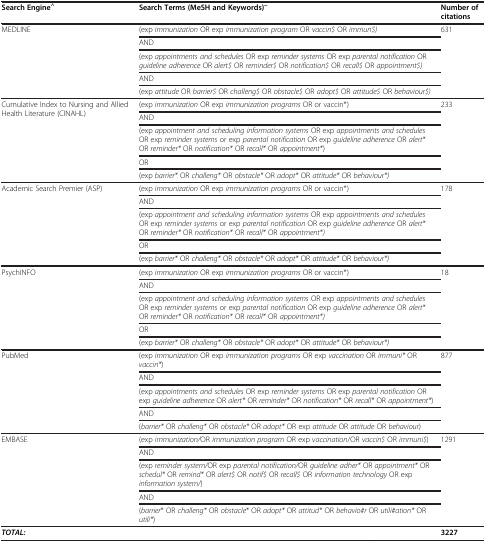
| Search Engine^ | Search Terms (MeSH and Keywords)~ | Number of citations |
 | --- | --- | --- |
 | <ROWSPAN=5> MEDLINE | (exp immunization OR exp immunization program OR vaccin$ OR immun$) | <ROWSPAN=5> 631 |
 | AND |
 | (exp appointments and schedules OR exp reminder systems OR exp parental notification OR guideline adherence OR alert$ OR reminder$ OR notification$ OR recall$ OR appointment$) |
 | AND |
 | (exp attitude OR barrier$ OR challeng$ OR obstacle$ OR adopt$ OR attitude$ OR behaviour$) |
 | <ROWSPAN=5> Cumulative Index to Nursing and Allied Health Literature (CINAHL) | (exp immunization OR exp immunization programs OR or vaccin*) | <ROWSPAN=5> 233 |
 | AND |
 | (exp appointment and scheduling information systems OR exp appointments and schedules OR exp reminder systems or exp parental notification OR exp guideline adherence OR alert* OR reminder* OR notification* OR recall* OR appointment*) |
 | OR |
 | (exp barrier* OR challeng* OR obstacle* OR adopt* OR attitude* OR behaviour*) |
 | <ROWSPAN=5> Academic Search Premier (ASP) | (exp immunization OR exp immunization programs OR or vaccin*) | <ROWSPAN=5> 178 |
 | AND |
 | (exp appointment and scheduling information systems OR exp appointments and schedules OR exp reminder systems or exp parental notification OR exp guideline adherence OR alert* OR reminder* OR notification* OR recall* OR appointment*) |
 | OR |
 | (exp barrier* OR challeng* OR obstacle* OR adopt* OR attitude* OR behaviour*) |
 | <ROWSPAN=5> PsychINFO | (exp immunization OR exp immunization programs OR or vaccin*) | <ROWSPAN=5> 18 |
 | AND |
 | (exp appointment and scheduling information systems OR exp appointments and schedules OR exp reminder systems or exp parental notification OR exp guideline adherence OR alert* OR reminder* OR notification* OR recall* OR appointment*) |
 | OR |
 | (exp barrier* OR challeng* OR obstacle* OR adopt* OR attitude* OR behaviour*) |
 | <ROWSPAN=5> PubMed | (exp immunization OR exp immunization programs OR exp vaccination OR immuni* OR vaccin*) | <ROWSPAN=5> 877 |
 | AND |
 | (exp appointments and schedules OR exp reminder systems OR exp parental notification OR exp guideline adherence OR alert* OR reminder* OR notification* OR recall* OR appointment*) |
 | AND |
 | (barrier* OR challeng* OR obstacle* OR adopt* OR exp attitude OR attitude OR behaviour) |
 | <ROWSPAN=5> EMBASE | (exp immunization/OR immunization program OR exp vaccination/OR vaccin$ OR immuni$) | <ROWSPAN=5> 1291 |
 | AND |
 | (exp reminder system/OR exp parental notification/OR guideline adher* OR appointment* OR schedul* OR remind* OR alert$ OR notif$ OR recall$ OR information technology OR exp information system/) |
 | AND |
 | (barrier* OR challeng* OR obstacle* OR adopt* OR attitud* OR behavio#r OR utili#ation* OR utili*) |
 | <COLSPAN=2> TOTAL: | 3227 |